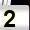
Digit: 2